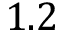
1 . 2